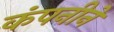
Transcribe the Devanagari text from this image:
कंपनीने